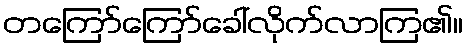
တကြော်ကြော်ခေါ်လိုက်လာကြ၏။